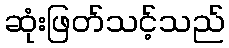
ဆုံးဖြတ်သင့်သည်